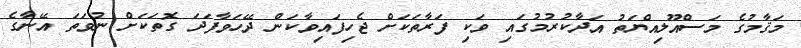
މަޤާމުގެ މަސްއޫލިއްޔަތު އަދާކުރުމުގައި ވަކި ފަރާތަކަށް ޖެހިފައިވާކަން ދޭހަވާފަދަ ގޮތަކަށް ނުވަތަ އޭނާގެ